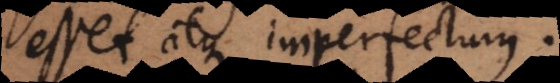
esset atque imperfectum.